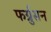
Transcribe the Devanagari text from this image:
फर्ग्रुसन